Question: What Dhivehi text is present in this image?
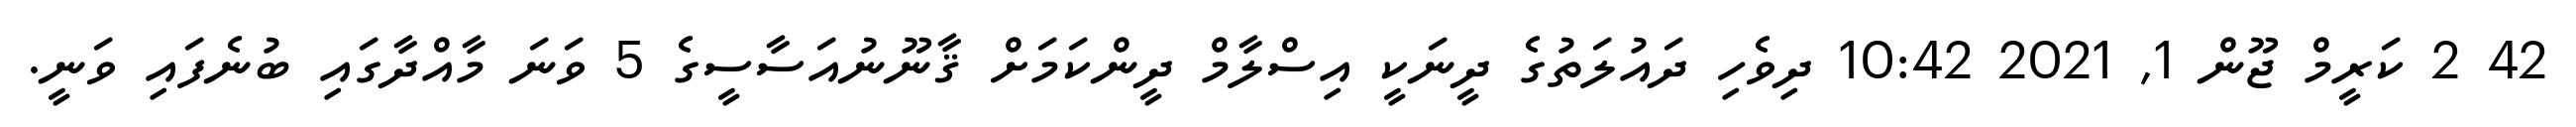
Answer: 42 2 ކަރީމް ޖޫން 1, 2021 10:42 ދިވެހި ދައުލަތުގެ ދީނަކީ އިސްލާމް ދީންކަމަށް ޤާނޫނުއަސާސީގެ 5 ވަނަ މާއްދާގައި ބުނެފައި ވަނީ.